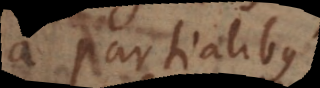
a partialibus